Madras plague regulations in force outside the Presidency town - Volume 3
Disease focus: Plague
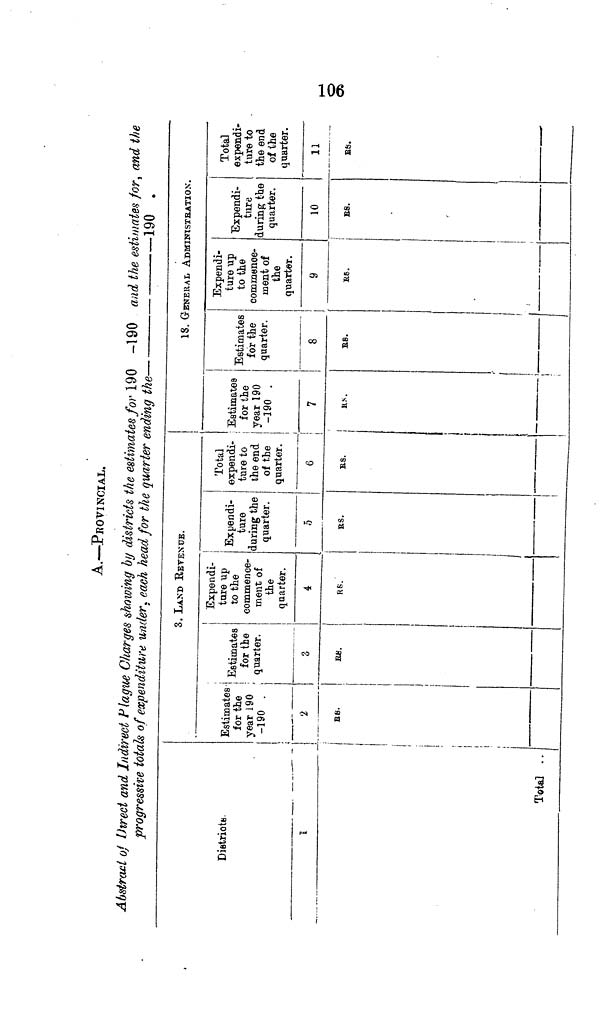
H-»
O
OÍ
A.—PROVINCIAL.
Abstract v* Direct and Indirect Plague Charges showing by districts the estimates for 190 -190 and the estimates for, and the
progressive totals of expenditure under, each head for the quarter ending the
190 .
Districts
l
Tota] ..
3. LAND RETENUE.
Estimates
for the
year 190
-190 .
2
B8.
Estimates
for the
quarter.
o
Et.
Expendi-
ture up
to the
commence-
ment of
the
quarter.
4
RK.
Expendi-
ture
during the
quarter.
5
BS.
Total
expendi-
ture to
the end
of the
quarter.
.
IS. GENERAL ADMINISTHATION.
Estimates
for the
year 190
-190 .
6
|
7
BS.
!
us.
Estimates
for the
quarter.
•
BS.
1
'
Expendi-
ture up
to the
commence-
ment of
the
quarter.
«
»e.
Expendi-
ture
during the
quarter.
10
BS.
Total
expendi-
ture to
the end
of the
quarter.
11
BS.